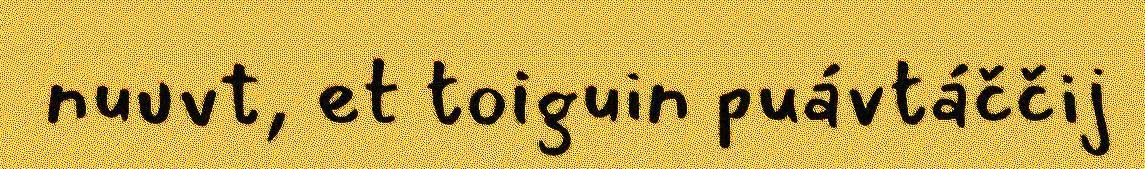
nuuvt, et toiguin puávtáččij